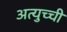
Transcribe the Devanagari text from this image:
अत्युच्ची